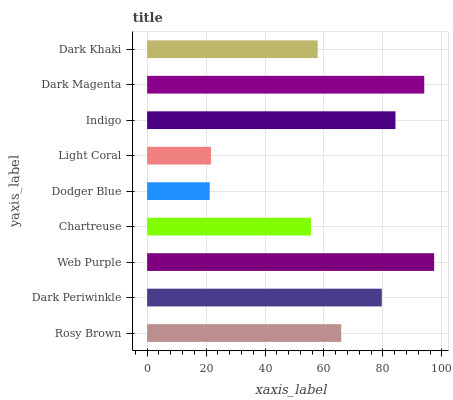
| yaxis_label | bars |
 | --- | --- |
 | Rosy Brown | 65.9 |
 | Dark Periwinkle | 79.6 |
 | Web Purple | 97.4 |
 | Chartreuse | 55.6 |
 | Dodger Blue | 21.2 |
 | Light Coral | 21.7 |
 | Indigo | 84.2 |
 | Dark Magenta | 94 |
 | Dark Khaki | 57.9 |